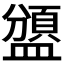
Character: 𥂾